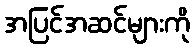
အပြင်အဆင်များကို